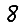
Digit: 8